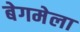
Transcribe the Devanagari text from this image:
बेगमेला